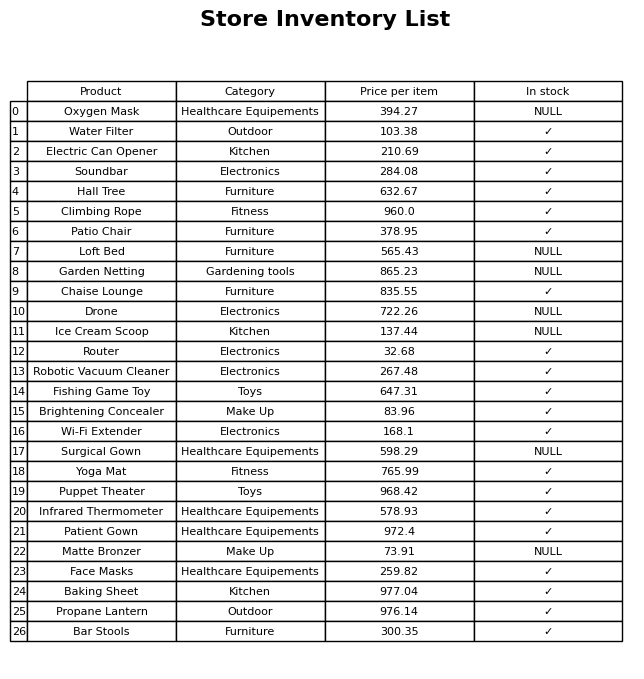
question: What is the price of the Climbing Rope?
answer: The price of Climbing Rope is 960.0.